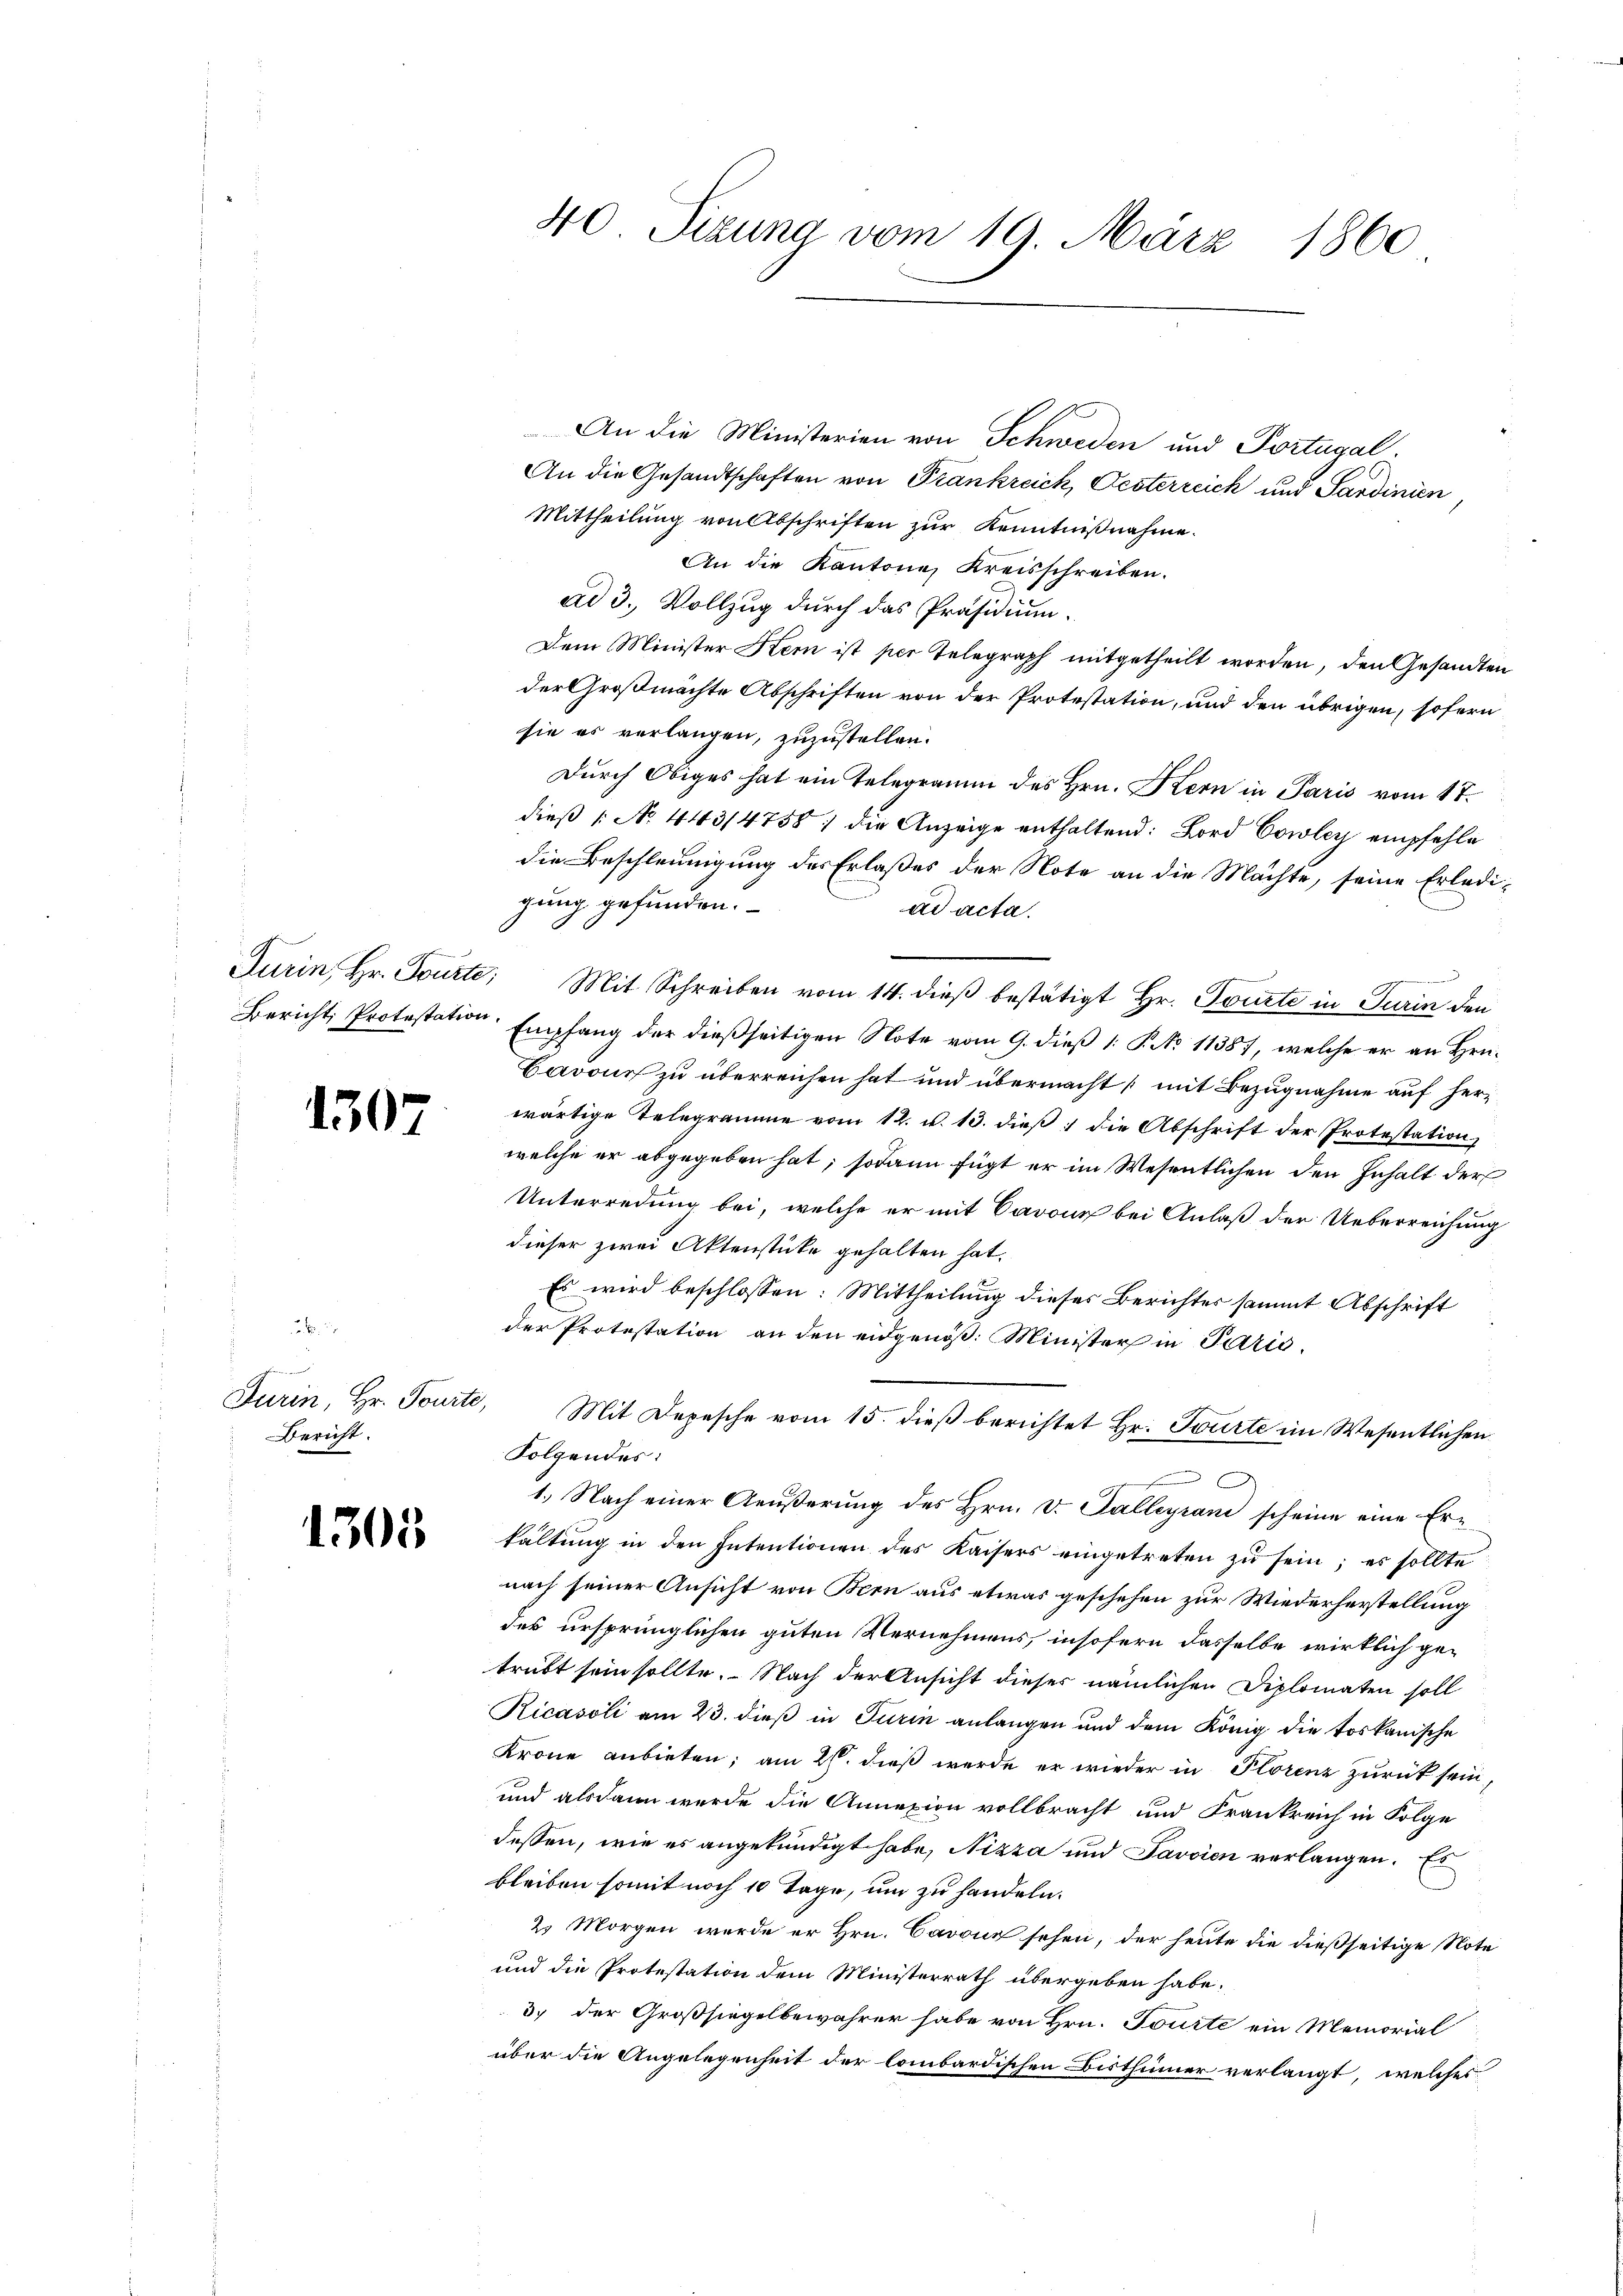
1507

Bienen
Furin, Hr. Tourte,
Bericht.

1305

40 Sizung vom 19. März 1860

An die Ministerien von Schweden und Portugal.
An die Gesandtschaften von Frankreich, Festerreich und Sardinien
Mittheilung von Abschriften zur Kenntnißnahme.
An die Kantone, Kreisschreiben.
ad 3. Vollzug durch das Präsidium.
Dem Minister Kern ist per Telegraph mitgetheilt worden, den Gesandten
der Großmachte Abschriften von der Protestation, und den übrigen, sofern
sie es verlangen, zuzustellen.
Durch Obiges hat ein Telegramm des Hrn. Kern in Paris vom 17.
dieß 1 No 443/4758) die Anzeige enthaltend: Bord Cowley empfehle
die Beschleunigung des Erlaßes der Note an die Mächte, seine Erledigung gefunden.
ad acta.
Turin, Hr. Tourte: Mit Schreiben vom 14. dieβ bestätigt Hr. Tourte in Turin den
Bericht, Protestation. Empfang der dießseitigen Note vom 9. dieß 1: P. No 11387, welche er an Hrn.
Cadour zu überreichen hat und übermacht, mit Bezugnahme auf herwärtige Telegramme vom 12. v. 13. dieβ ; die Abschrift der Protestation,
welche er abgegeben hat; sodann fügt er im Wesentlichen den Inhalt der
Unterredung bei, welche er mit Barons bei Anlaß der Ueberreichung
dieser zwei Aktenstücke gehalten hat.
Es wird beschlossen: Mittheilung dieses Berichtes sammt Abschrift
der Protestation an den eidgenöß: Minister in Paris.
Mit Depesche vom 15. dieß berichtet Hr. Tourte im Wesentlichen
Folgendes:

1.) Nach einer Aeußerung des Hrn. v. Galleyrani scheine eine Erkaltung in den Intentionen des Kaisers eingetreten zu sein; es sollte
nach seiner Ansicht von Bern aus etwas geschehen zur Wiederherstellung
des ursprünglichen guten Vernehmens, insofern dasselbe wirklich getrübt sein sollte. Nach der Ansicht dieser nämlichen Diplomaten soll
Ricasoli am 23. dieß in Turin anlangen und dem König die toskanische
Krone anbieten; am 26. dieß werde er wieder in Plorenz zurück sein,
und alsdann wurde die Annexion vollbracht und Frankreich in Folge
dessen, wie es angekündigt habe, Nizza und Javaien verlangen. E
bleiben somit noch 10 Tage, um zu handeln.
2. Morgen werde er Hrn. Cavon sehen, der heute die dießseitige Note
und die Protestation dem Ministerrath übergeben habe.
3. der Großsiegelbewahrer habe von Hrn. Tourte ein Memorial
über die Angelegenheit der lombardischen Bisthümer verlangt, welches